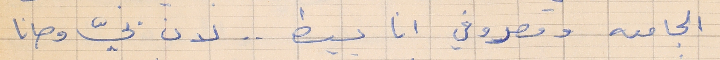
الجامعه ومصروفي انا بسيط . . لان بيّ وصانا